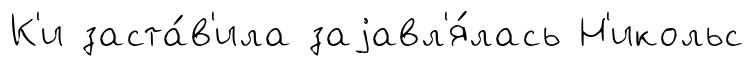
К'и заста́в'ила заjавл'я́лась Н'икольс